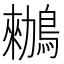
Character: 䳵